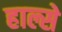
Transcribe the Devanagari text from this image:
हाल्से